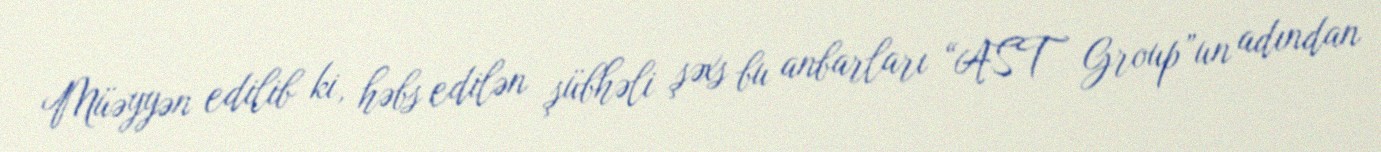
Müəyyən edilib ki, həbs edilən şübhəli şəxs bu anbarları “AST Group”un adından